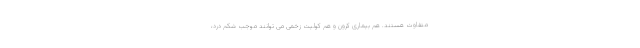
متفاوت هستند. هم بیماری کرون و هم کولیت زخمی می توانند موجب شکم درد،